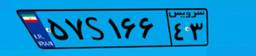
۵۷S۱۶۶۴۳